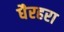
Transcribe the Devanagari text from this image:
धैरहरा